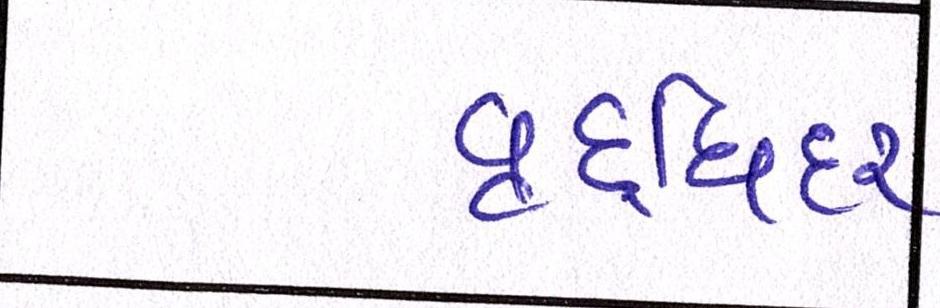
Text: વૃદ્ધિદર